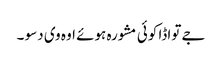
جے تواڈا کوئی مشورہ ہوئے اوہ وی دسو ۔